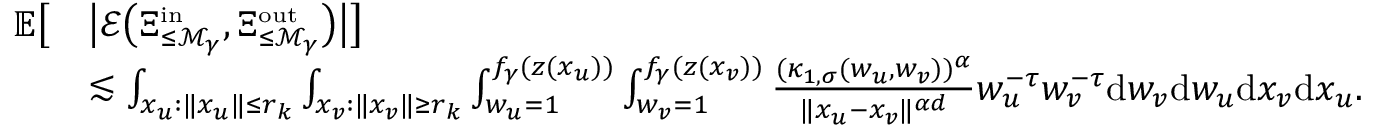
\begin{array} { r l } { \mathbb E \big [ } & { \big | { \mathcal E } \big ( \Xi _ { \le { \mathcal M } _ { \gamma } } ^ { \scriptscriptstyle \mathrm { i n } } , \Xi _ { \le { \mathcal M } _ { \gamma } } ^ { \scriptscriptstyle \mathrm { o u t } } \big ) \big | \big ] } \\ & { \lesssim \int _ { x _ { u } : \| x _ { u } \| \le r _ { k } } \int _ { x _ { v } : \| x _ { v } \| \ge r _ { k } } \int _ { w _ { u } = 1 } ^ { f _ { \gamma } ( z ( x _ { u } ) ) } \int _ { w _ { v } = 1 } ^ { f _ { \gamma } ( z ( x _ { v } ) ) } \frac { ( \kappa _ { 1 , \sigma } ( w _ { u } , w _ { v } ) ) ^ { \alpha } } { \| x _ { u } - x _ { v } \| ^ { \alpha d } } w _ { u } ^ { - \tau } w _ { v } ^ { - \tau } \mathrm { d } w _ { v } \mathrm { d } w _ { u } \mathrm { d } x _ { v } \mathrm { d } x _ { u } . } \end{array}